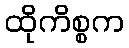
ထိုကိစ္စက